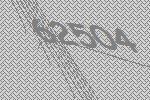
62504